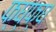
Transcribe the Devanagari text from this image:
फ्घ्फ्घ